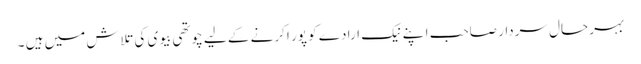
بہر حال سردار صاحب ا پنے نیک ارادے کو پور ا کرنے کے لیے چوتھی بیوی کی تلاش میں ہیں ۔